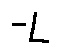
- L